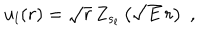
u _ { l } ( r ) = \sqrt { r } \, Z _ { s _ { l } } \left( \sqrt { E } \, r \right) \; ,